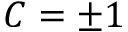
C = \pm 1